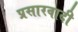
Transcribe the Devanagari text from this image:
प्रसारवादी